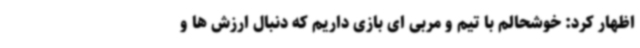
اظهار کرد: خوشحالم با تیم و مربی ای بازی داریم که دنبال ارزش ها و